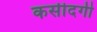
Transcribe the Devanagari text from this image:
कसीदगी